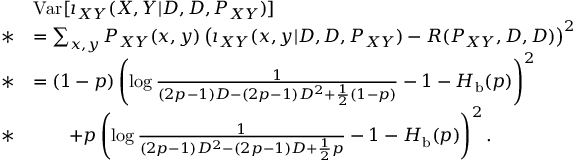
\begin{array} { r l } & { \mathrm { V a r } [ \imath _ { X Y } ( X , Y | D , D , P _ { X Y } ) ] } \\ { * } & { = \sum _ { x , y } P _ { X Y } ( x , y ) \left( \imath _ { X Y } ( x , y | D , D , P _ { X Y } ) - R ( P _ { X Y } , D , D ) \right) ^ { 2 } } \\ { * } & { = ( 1 - p ) \left( \log \frac { 1 } { ( 2 p - 1 ) D - ( 2 p - 1 ) D ^ { 2 } + \frac { 1 } { 2 } ( 1 - p ) } - 1 - H _ { \mathrm { b } } ( p ) \right) ^ { 2 } } \\ { * } & { \qquad + p \left( \log \frac { 1 } { ( 2 p - 1 ) D ^ { 2 } - ( 2 p - 1 ) D + \frac { 1 } { 2 } p } - 1 - H _ { \mathrm { b } } ( p ) \right) ^ { 2 } . } \end{array}